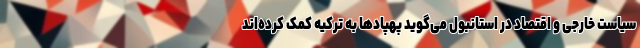
سیاست خارجی و اقتصاد در استانبول می‌گوید پهپادها به ترکیه کمک کرده‌اند